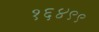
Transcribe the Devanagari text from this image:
१६४९९